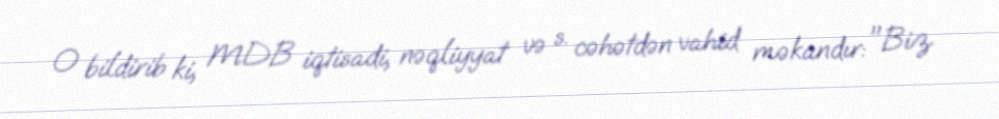
O bildirib ki, MDB iqtisadi, nəqliyyat və s. cəhətdən vahid məkandır: "Biz